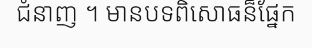
ជំនាញ ។ មានបទពិសោធន៏ផ្នែក